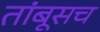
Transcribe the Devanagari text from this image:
तांबूसच